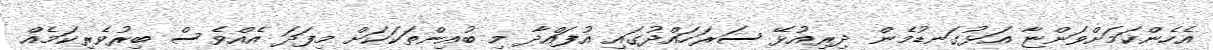
އެހެންކަމަށްވަންޏާ އަޅުގަނޑުމެން ދިރިއުޅޭ ސަރަހައްދުގައި އުފައްދާ މި ބުއިންތަކަކަށް މިފަދަ އެއްވެސް ބިރުވެރިކަމެއް